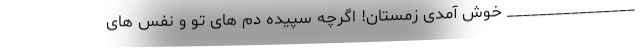
________________ خوش آمدی زمستان! اگرچه سپیده دم های تو و نفس های